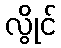
လွိုင်